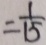
= \frac { 1 } { 1 5 }